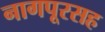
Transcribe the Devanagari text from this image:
नागपूरसह